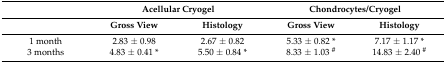
|  | <COLSPAN=2> Acellular Cryogel | <COLSPAN=2> Chondrocytes/Cryogel |
 |  | Gross View | Histology | Gross View | Histology |
 | --- | --- | --- | --- | --- |
 | 1 month | 2.83 ± 0.98 | 2.67 ± 0.82 | 5.33 ± 0.82 * | 7.17 ± 1.17 * |
 | 3 months | 4.83 ± 0.41 * | 5.50 ± 0.84 * | 8.33 ± 1.03 # | 14.83 ± 2.40 # |